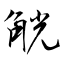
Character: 觥